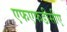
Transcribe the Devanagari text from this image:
एफएफडीसीए